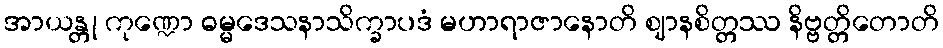
အာယန္တု ကုဏ္ဍော ဓမ္မဒေသနာသိက္ခာပဒံ မဟာရာဇာနောတိ ဈာနစိတ္တဿ နိဗ္ဗတ္တိတောတိ